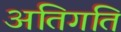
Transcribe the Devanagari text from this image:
अतिगति